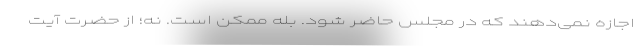
اجازه نمی‌دهند که در مجلس حاضر شود. بله ممکن است. نه؛ از حضرت آیت